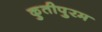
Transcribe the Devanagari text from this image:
कुतीपुरम